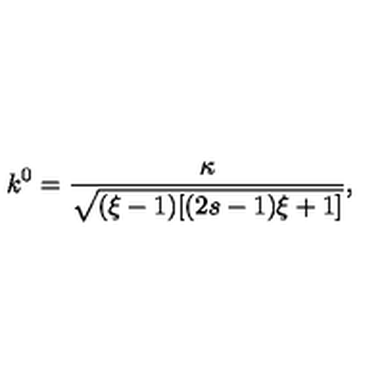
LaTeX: k ^ { 0 } = \frac { \kappa } { \sqrt { ( \xi - 1 ) [ ( 2 s - 1 ) \xi + 1 ] } } ,